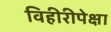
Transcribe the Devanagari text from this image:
विहीरीपेक्षा